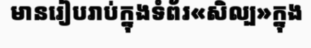
មានរៀបរាប់ក្នុងទំព័រ«សិល្ប»ក្នុង